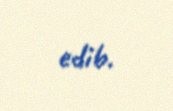
edib.